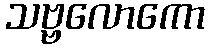
သဗ္ဗလောကော